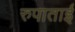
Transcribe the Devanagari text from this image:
रुपाताई